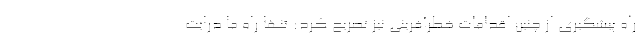
راه پیشگیری از چنین اقدامات خطرآفرینی نیز تصریح کرد: تنها راه ما درایت